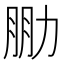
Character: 𠡮